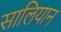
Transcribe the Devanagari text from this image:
सालियान